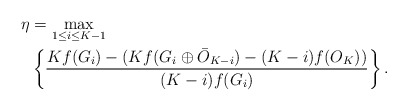
\begin{align*}\eta&=\max\limits_{1\leq i\leq K-1}\\&\left\{\frac{Kf(G_i)-(Kf(G_i\oplus \bar{O}_{K-i})-(K-i)f(O_K))}{(K-i)f(G_i)}\right\}.\end{align*}